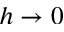
h \rightarrow 0